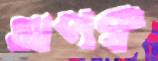
আপক্ব